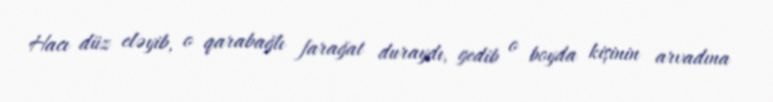
Hacı düz eləyib, o qarabağlı farağat duraydı, gedib o boyda kişinin arvadına